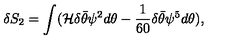
\delta S _ { 2 } = \int ( { \cal H } \delta \bar { \theta } \psi ^ { 2 } d \theta - { \frac { 1 } { 6 0 } } \delta \bar { \theta } \psi ^ { 5 } d \theta ) ,